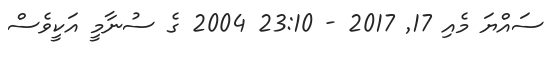
ސައްޔަ މެއި 17